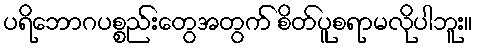
ပရိဘောဂပစ္စည်းတွေအတွက် စိတ်ပူစရာမလိုပါဘူး။